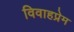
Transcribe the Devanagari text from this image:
विवाहप्रेम